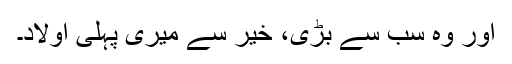
اور وہ سب سے بڑی، خیر سے میری پہلی اولاد۔